Vaccination in Bombay 1874-1876 - 1874-1876
Year: 1874
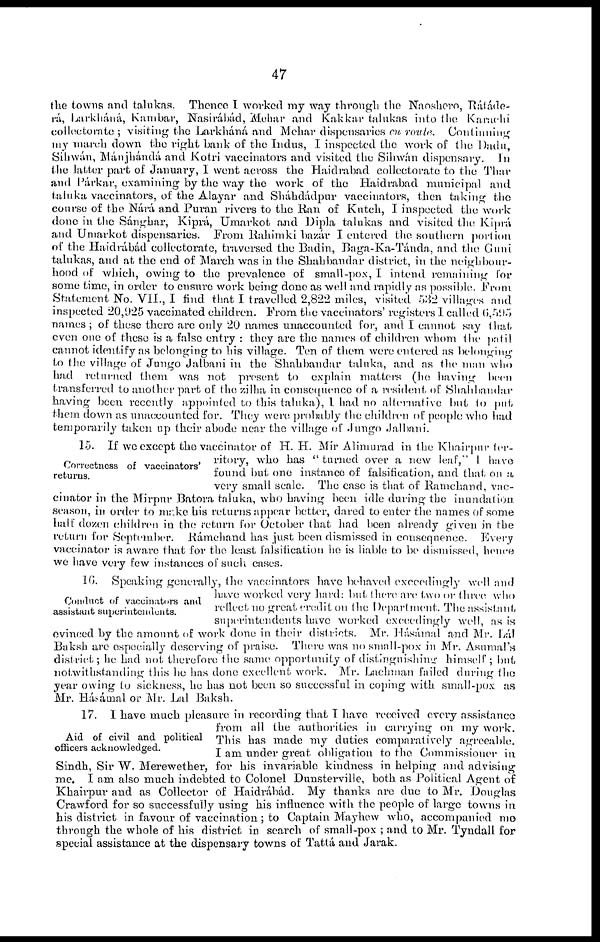
47
the towns and talukas. Thence I worked my way through the Naoshero, Rátáde-
rá, Larkháná, Kambar, Nasirábád, Mehar and Kakkar talukas into t he Karachi
collectorate ; visiting the Larkháná and Mehar dispensaries cn roule. Continuing
my march down the right bank of the Indus, I inspected the work of the Dadu,
Sihwán, Mánjhándá and Kotri vaccinators and visited the Sihwán dispensary. In
the latter part of January, I went across the Haidrabad collectorate to the Thar
and Párkar, examining by the way the work of the Haidrabad municipal and
taluka vaccinators, of the Alayar and Sháhdádpur vaccinators, then taking the
course of the Nárá and Puran rivers to the Ran of Kutch, I inspected the work
done in the Sánghar, Kiprá, Umarkot and Dipla talukas and visited the Kipra
and Umarkot dispensaries. From Rahimki bazár I entered the southern portion
of the Haidrábád collectorate, traversed the Badin, Baga-Ka-Tánda, and the Guni
talukas, and at the end of March was in the Shah bandar district, in the neighbour-
hood of which, owing to the prevalence of small-pox, I intend remaining for
some time, in order to ensure work being done as well and rapidly as possible. From
Statement No. VII., I find that I travelled 2,822 miles, visited 532 villages and
inspected 20,925 vaccinated children. From the vaccinators' registers I called 6,595
names ; of these there are only 20 names unaccounted for, and I cannot say that,
even one of these is a false entry : they are the names of children whom the patil
cannot identify as belonging to his village. Ten of them were entered as belonging
to the village of Jungo Jalbani in the Shahbandar taluka, and as the man who
had returned them was not present to explain matters (he having been
transferred to another part of (he zilha in consequence of a resident of Shahbandar
having been recently appointed to this taluka), I had no alternative but to put,
them down as unaccounted for. They were probably the children of people who had
temporarily taken up their abode near the village of Jungo Jalbani.
Correctness of vaccinators'
returns.
15. If we except the vaccinator of H. H. Mír Alimurad in the Khairpur ter-
ritory, who has "turned over a new leaf," I have
found but one instance of falsification, and that on a
very small scale. The case is that of Ramchand, vac-
cinator in the Mirpur Batora taluka, who having been idle during the inundation,
season, in order to make his returns appear better, dared to enter the names of some
half dozen children in the return for October that had been already given in the
return for September. Ráamchand has just been dismissed in consequence. Every
vaccinator is aware that for the least falsification he is liable to be dismissed, hence
we have very few instances of such cases.
Conduct of vaccinators and
assistant superintendents.
16. Speaking generally, the vaccinators have behaved exceedingly well and
have worked very hard: but, there are two or three who
reflect no great credit on the Department. The assistant
superintendents have worked exceedingly well, as is
evinced by the amount of work done in their districts. Mr. Hásámal and Mr. Lál
Baksh are especially deserving of praise. There was no small-pox in Mr. Asumal's
district; he had not therefore the same opportunity of distinguishing himself; but
notwithstanding this he has done excellent work. Mr. Lachman failed during the
year owing to sickness, he has not been so successful in coping with small-pox as
Mr. Hásámal or Mr. Lal Baksh.
Aid of civil and political
officers acknowledged.
17. I have much pleasure in recording that I have received every assistance
from all the authorities in carrying on my work.
This has made my duties comparatively agreeable.
I am under great obligation to the Commissioner in
Sindh, Sir W. Merewether, for his invariable kindness in helping and advising
me. I am also much indebted to Colonel Dunsterville, both as Political Agent of
Khairpur and as Collector of Haidrábád. My thanks are due to Mr. Douglas
Crawford for so successfully using his influence with the people of large towns in
his district in favour of vaccination ; to Captain Mayhew who, accompanied me
through the whole of his district in search of small-pox ; and to Mr. Tyndall for
special assistance at the dispensary towns of Tattá and Jarak.